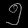
Digit: ၅